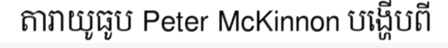
តារាយូធូប Peter McKinnon បង្ហើបពី